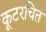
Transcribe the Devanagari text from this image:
कूटरचित